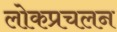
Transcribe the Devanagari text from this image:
लोकप्रचलन